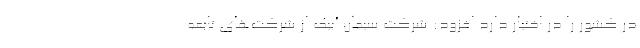
در کشور را در اختیار دارد افزود: شرکت سیمان آبیک از شرکت‌های تابعه